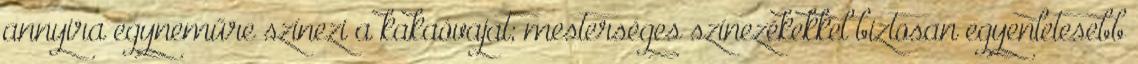
annyira egyneműre színezi a kakaóvajat; mesterséges színezékekkel biztosan egyenletesebb